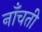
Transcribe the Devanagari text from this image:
नाँचती